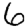
Digit: 6